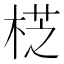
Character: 𣔰